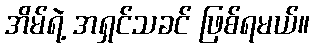
အိမ်ရဲ့ အရှင်သခင် ဖြစ်ရမယ်။